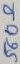
Text: 560Ω